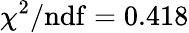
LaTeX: \chi^{2}/\mathrm{ndf}=0.418